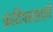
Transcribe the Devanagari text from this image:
फ्रंटियरसाठी